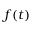
f ( t )